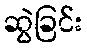
ဆွဲခြင်း